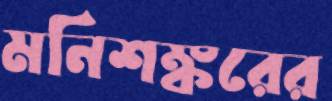
মনিশঙ্করের